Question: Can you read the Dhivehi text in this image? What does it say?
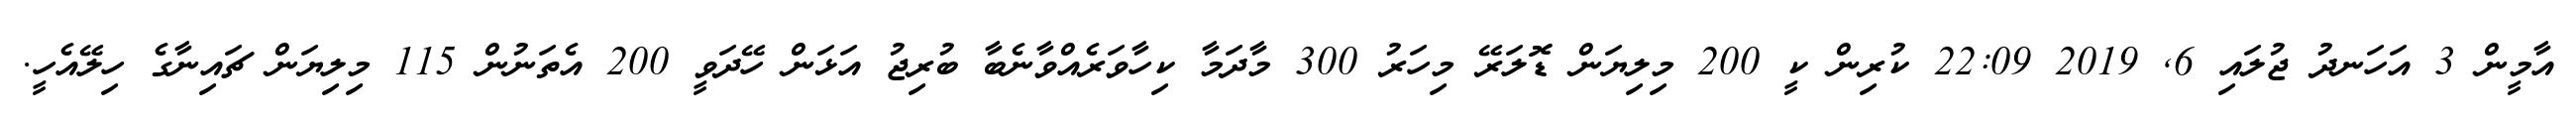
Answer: އާމީން 3 އަހަނދު ޖުލައި 6, 2019 22:09 ކުރިން ކީ 200 މިލިޔަން ޑޮލަރޭ މިހަރު 300 މާދަމާ ކިހާވަރެއްވާނެބާ ބުރިޖު އަޅަން ހޭދަވީ 200 އެތަނުން 115 މިލިޔަން ޗައިނާގެ ހިލޭއެހީ.